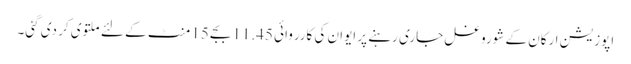
اپوزیشن ارکان کے شوروغل جاری رہنے پر ایوان کی کارروائی 11.45 بجے 15 منٹ کے لئے ملتوی کر دی گئی۔